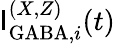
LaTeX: \mathsf{I}_{\mathrm{{GABA}},i}^{(X,Z)}(t)